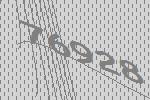
76928